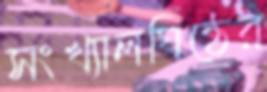
সংখ্যালঘিষ্ঠের